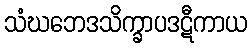
သံဃဘေဒသိက္ခာပဒဋီကာယ